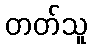
တတ်သူ